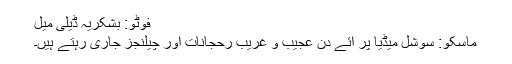
فوٹو: بشکریہ ڈیلی میل
ماسکو: سوشل میڈیا پر آئے دن عجیب و غریب رحجانات اور چیلنجز جاری رہتے ہیں۔